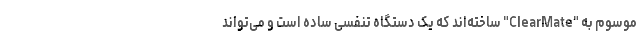
موسوم به "ClearMate" ساخته‌اند که یک دستگاه تنفسی ساده است و می‌تواند